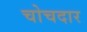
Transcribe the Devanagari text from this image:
चोचदार